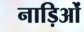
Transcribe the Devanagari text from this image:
नाड़िओं